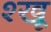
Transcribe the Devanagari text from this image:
श्खू